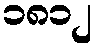
၁၈၁၂